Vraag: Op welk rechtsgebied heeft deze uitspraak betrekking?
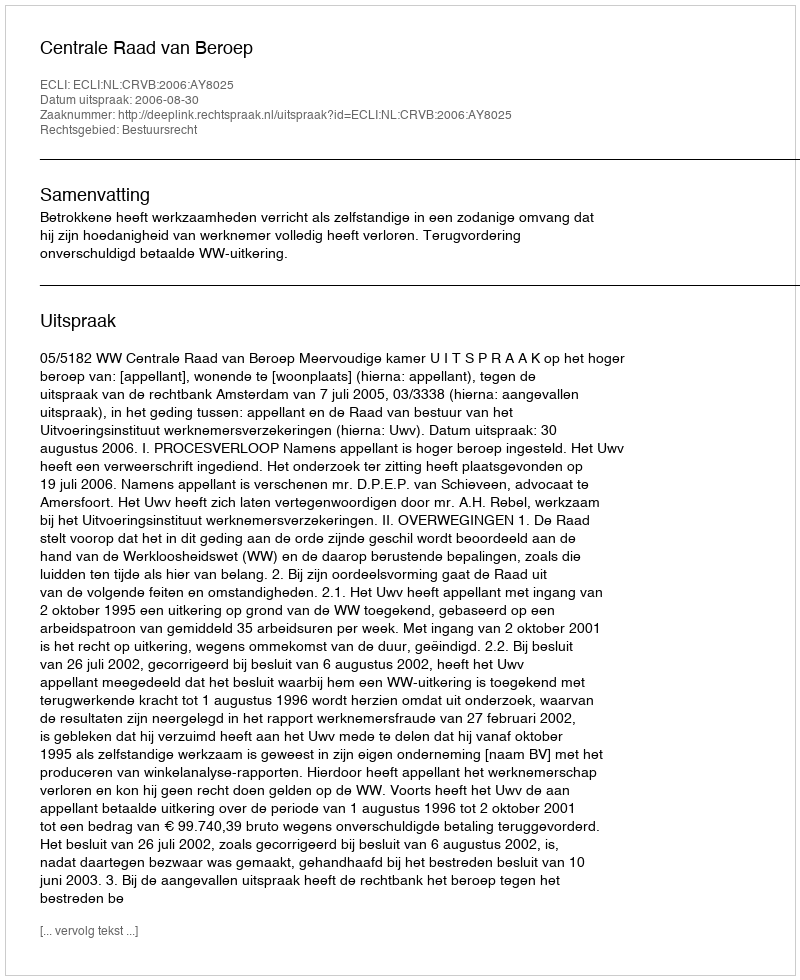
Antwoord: Bestuursrecht